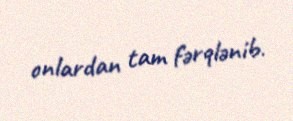
onlardan tam fərqlənib.